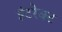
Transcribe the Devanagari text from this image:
इंटरेक्ट